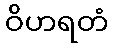
ဝိဟရတံ